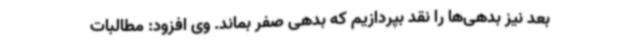
بعد نیز بدهی‌ها را نقد بپردازیم که بدهی صفر بماند. وی افزود: مطالبات